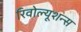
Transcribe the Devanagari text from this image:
रिवोल्यूशन्स